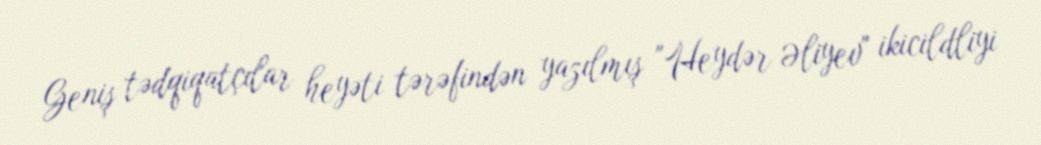
Geniş tədqiqatçılar heyəti tərəfindən yazılmış "Heydər Əliyev" ikicildliyi